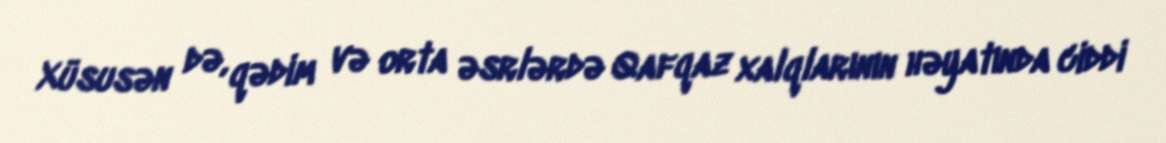
Xüsusən də, qədim və orta əsrlərdə Qafqaz xalqlarının həyatında ciddi